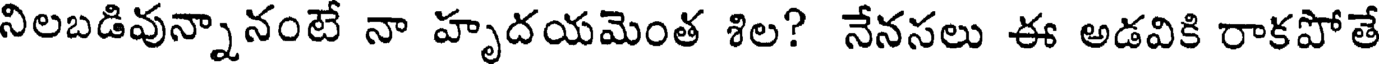
నిలబడివున్నానంటే నా హృదయమెంత శిల? నేనసలు ఈ అడవికి రాకపోతే